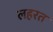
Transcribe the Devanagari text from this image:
लहरत